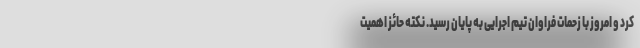
کرد و امروز با زحمات فراوان تیم اجرایی به پایان رسید. نکته حائز اهمیت